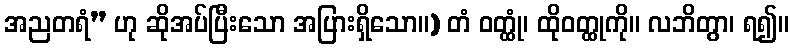
အညတရံ” ဟု ဆိုအပ်ပြီးသော အပြားရှိသော။) တံ ဝတ္ထုံ၊ ထိုဝတ္ထုကို။ လဘိတွာ၊ ရ၍။